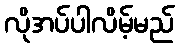
လိုအပ်ပါလိမ့်မည်